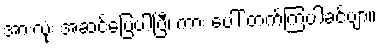
အားလုံး အဆင်ပြေပါပြီ၊ ကား ပေါ် တက်ကြပါခင်ဗျာ။